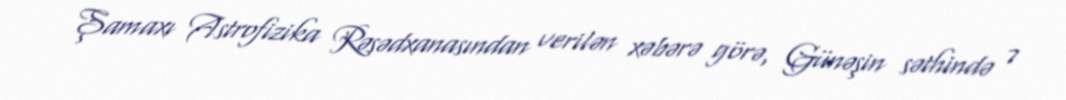
Şamaxı Astrofizika Rəsədxanasından verilən xəbərə görə, Günəşin səthində 7